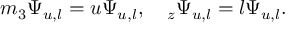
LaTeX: m _ { 3 } \Psi _ { u , l } = u \Psi _ { u , l } , ~ ~ ~ \L _ { z } \Psi _ { u , l } = l \Psi _ { u , l } .